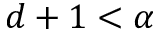
d + 1 < \alpha